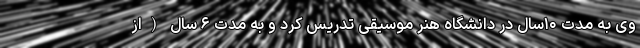
وی به مدت ۱۰سال در دانشگاه هنر موسیقی تدریس کرد و به مدت ۶ سال (از